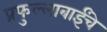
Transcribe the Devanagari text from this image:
प्रफुल्लाबाईंचे